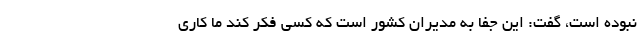
نبوده است، گفت: این جفا به مدیران کشور است که کسی فکر کند ما کاری